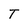
Character: T